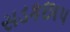
સડકછાપ